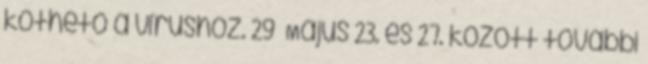
köthető a vírushoz. 29 Május 23. és 27. között további